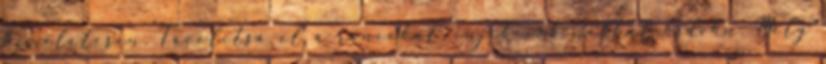
kíméletesen. Távolítsa el a ráncokat, injekciók nélkül hsdvhn. Mély